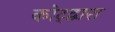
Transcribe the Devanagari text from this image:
कोट्द्वारा